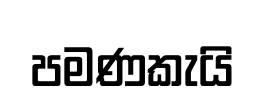
පමණකැයි